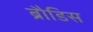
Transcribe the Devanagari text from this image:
ब्रौडिस